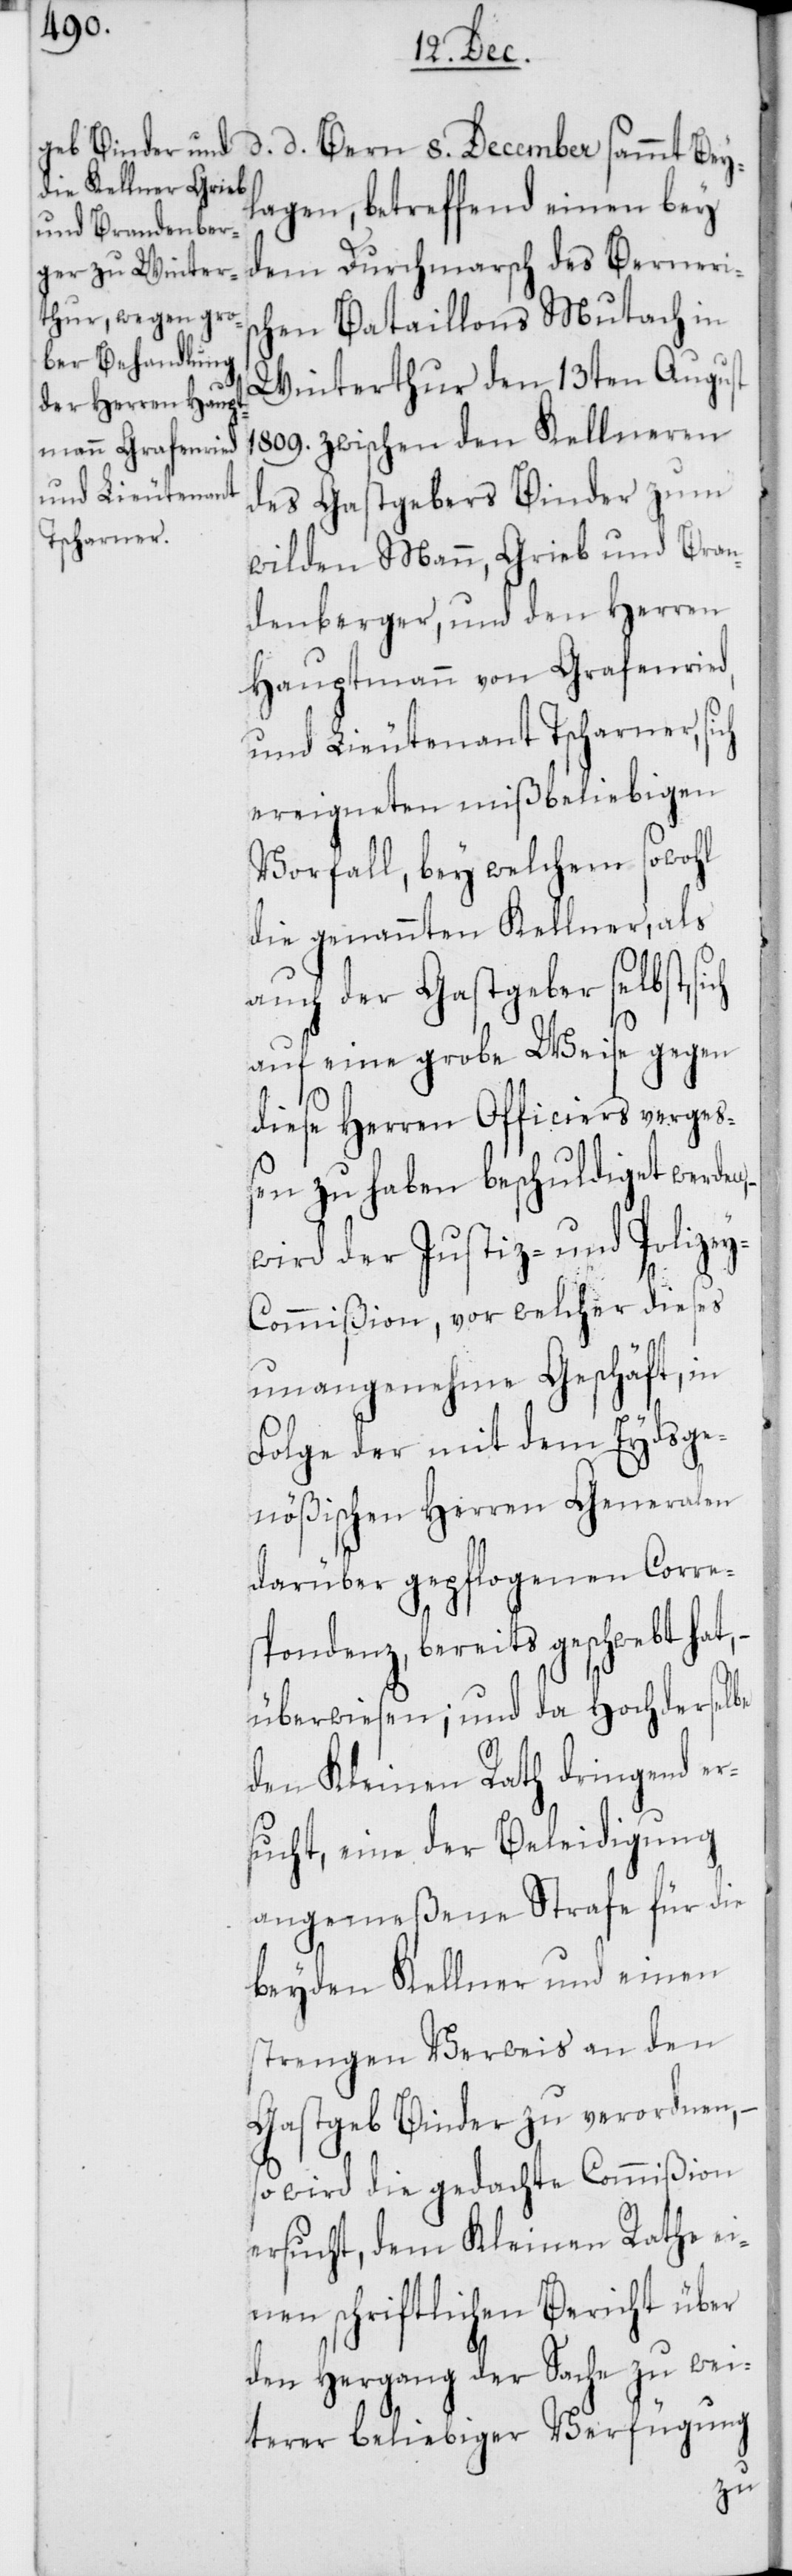
d. d. Bern 8. December sammt Beyl¬
agen, betreffend einen bey
dem Durchmarsch des Berneris¬
chen Bataillons Mutach in
Winterthur den 13ten August
1809. zwischen den Kellneren
des Gastgebers Binder zum
wilden Mann, Grieb und Bran¬
denberger, und den Herren
Hauptmann von Grafenried,
und Lieutenant Tscharner, sich
ereigneten mißbeliebigen
Vorfall, bey welchem sowohl
die genannten Kellner, als
auch der Gastgeber selbst,
auf eine grobe Weise gegen
diese Herren Officiers vergeß¬
en zu haben beschuldiget werden,
wird der Justiz- und Polize¬
y-Commißion, vor welches dieses
unangenehme Geschäft, in
Folge der mit dem Eydsge¬
nößischen Herren Generalen
darüber gepflogenen Corre¬
spondenz, bereits geschwebt hat,
überwiesen; und da Hochderselbe
den Kleinen Rath dringend er¬
sucht, eine der Beleidigung
angemeßene Strafe für die
beyden Kellner und einen
strengen Verweis an den
Gastgeb Binder zu verordnen,
so wird die gedachte Commißion
ersucht, dem Kleinen Rathe ei¬
nen schriftlichen Bericht über
den Hergang der Sache zu wei¬
terer beliebiger Verfügung